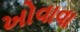
ખોવાવા